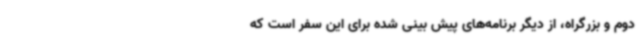
دوم و بزرگراه، از دیگر برنامه‌های پیش بینی شده برای این سفر است که